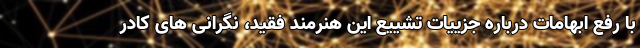
با رفع ابهامات درباره جزییات تشییع این هنرمند فقید، نگرانی های کادر